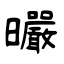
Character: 曮